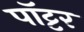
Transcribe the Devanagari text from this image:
पॉट्टर